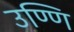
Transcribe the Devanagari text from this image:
उण्णि